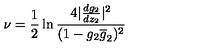
\nu = { \frac { 1 } { 2 } } \ln \frac { 4 | \frac { d g _ { 2 } } { d z _ { 2 } } | ^ { 2 } } { ( 1 - g _ { 2 } \overline { g } _ { 2 } ) ^ { 2 } }